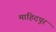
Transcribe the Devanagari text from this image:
माहिदपुर